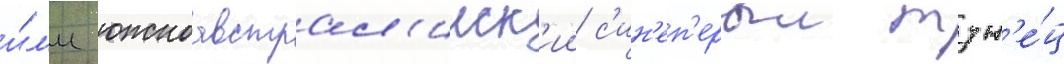
и́л'и южноавстрал'ииск'ии с'ин'еп'ерыи тун'е́ц